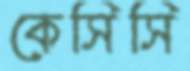
কেসিসি